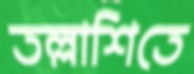
তল্লাশিতে